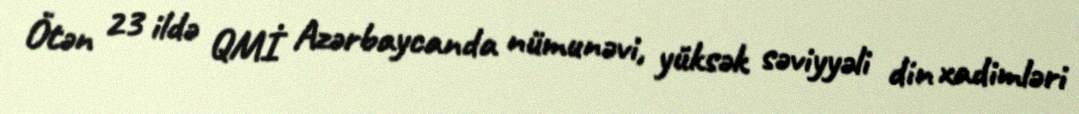
Ötən 23 ildə QMİ Azərbaycanda nümunəvi, yüksək səviyyəli din xadimləri